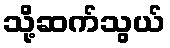
သို့ဆက်သွယ်